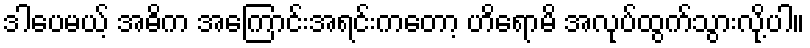
ဒါပေမယ့် အဓိက အကြောင်းအရင်းကတော့ ဟိရောမိ အလုပ်ထွက်သွားလို့ပါ။